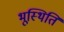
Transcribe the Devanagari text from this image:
भूस्थिति